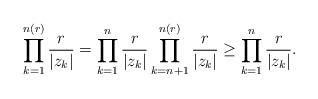
LaTeX: \begin{align*}\prod^{n(r)}_{k=1}\frac{r}{|z_k|}=\prod^{n}_{k=1}\frac{r}{|z_k|}\prod^{n(r)}_{k=n+1}\frac{r}{|z_k|}\geq\prod^{n}_{k=1}\frac{r}{|z_k|}.\end{align*}